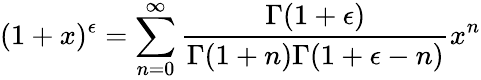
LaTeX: (1+x)^{\epsilon}=\sum_{n=0}^{\infty}\frac{\Gamma(1+\epsilon)}{\Gamma(1+n)\Gamma(1+\epsilon-n)}x^{n}